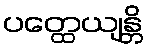
ပတ္ထေယျန္တိ